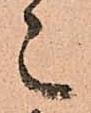
々